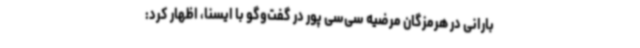
بارانی در هرمزگان مرضیه سی‌سی پور در گفت‌وگو با ایسنا، اظهار کرد: